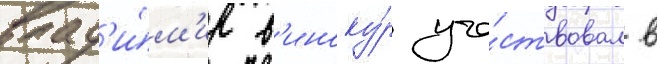
влад'и́м'ир в'иноку́р уча́ствовал в